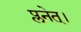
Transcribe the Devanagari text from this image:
प्लनेत्।